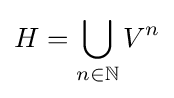
H=\bigcup _{n\in \mathbb {N} }V^{n}